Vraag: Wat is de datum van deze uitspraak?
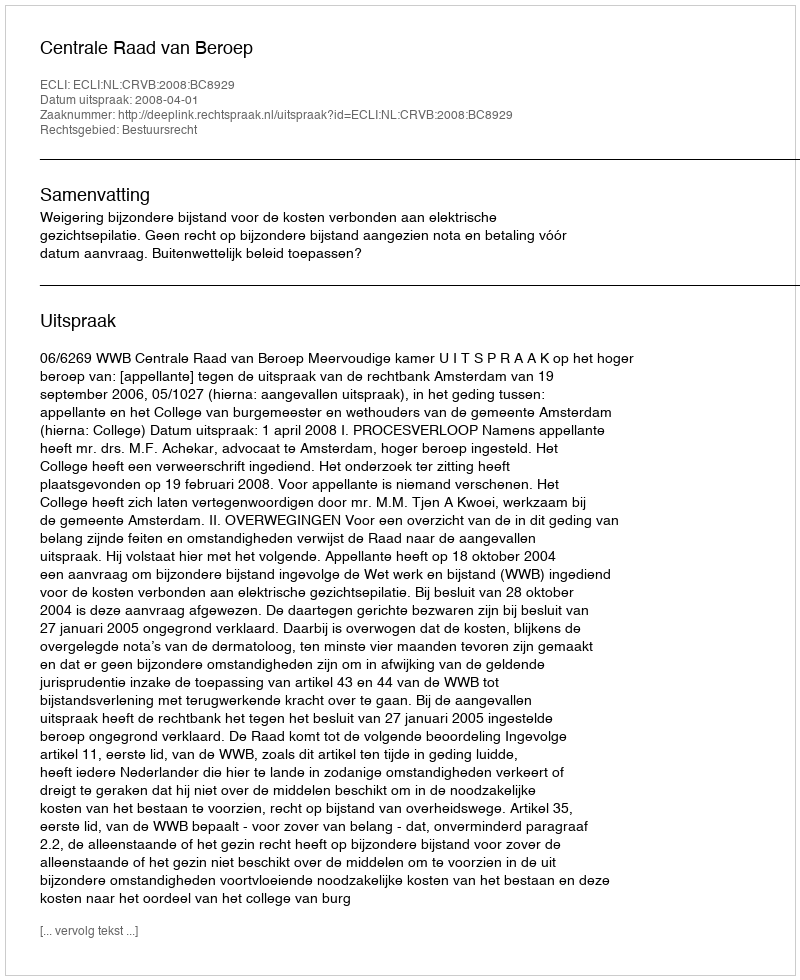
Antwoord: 2008-04-01